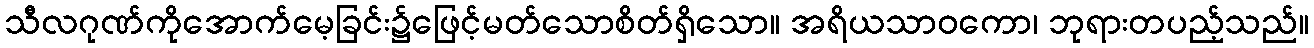
သီလဂုဏ်ကိုအောက်မေ့ခြင်း၌ဖြေင့်မတ်သောစိတ်ရှိသော။ အရိယသာဝကော၊ ဘုရားတပည့်သည်။